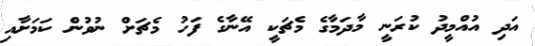
އަދި އުއްމީދު ކުރަނީ މާދަމާގެ މެޗަކީ އޭނާގެ ފަހު މެޗަށް ނުވުން ކަމަށާއި